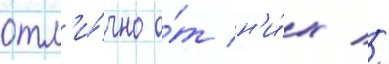
отл'и́чно о́т н'и́х //